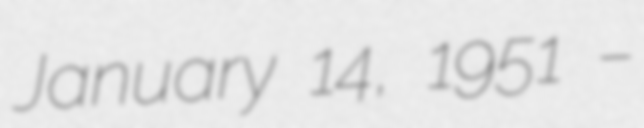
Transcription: January 14, 1951 –